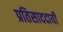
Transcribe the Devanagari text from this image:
प्रतिसाददायी